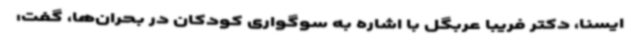
ایسنا، دکتر فریبا عربگل با اشاره به سوگواری کودکان در بحران‌ها، گفت: